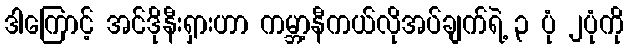
ဒါကြောင့် အင်ဒိုနီးရှားဟာ ကမ္ဘာ့နီကယ်လိုအပ်ချက်ရဲ့ ၃ ပုံ ၂ပုံကို